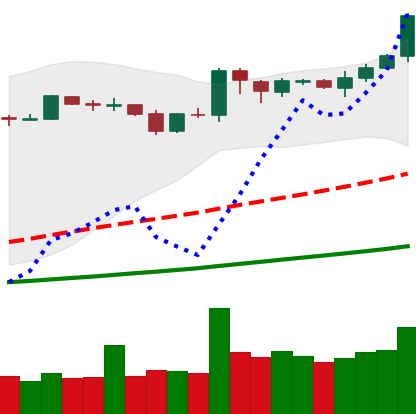
Ticker: BNB-USD
Chart end date: 2019-04-02
Forward return: -3.434%
Label: down_3_5